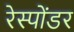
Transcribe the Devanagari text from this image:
रेस्पोंडर